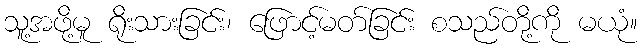
သူ့အဖို့မူ ရိုးသားခြင်း၊ ဖြောင့်မတ်ခြင်း စသည်တို့ကို မယုံ။